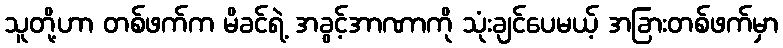
သူတို့ဟာ တစ်ဖက်က မိခင်ရဲ့ အခွင့်အာဏာကို သုံးချင်ပေမယ့် အခြားတစ်ဖက်မှာ